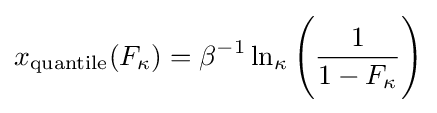
x_{\textrm {quantile}}(F_{\kappa })=\beta ^{-1}\ln _{\kappa }{\Bigg (}{\frac {1}{1-F_{\kappa }}}{\Bigg )}